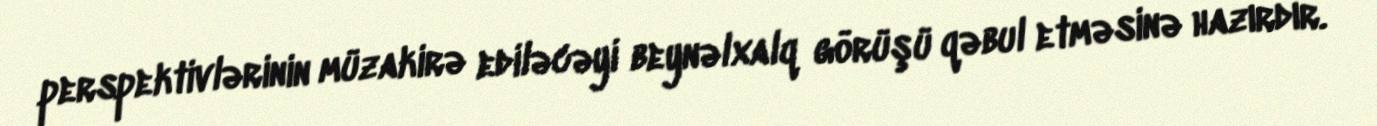
perspektivlərinin müzakirə ediləcəyi beynəlxalq görüşü qəbul etməsinə hazırdır.